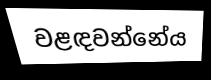
වළඳවන්නේය